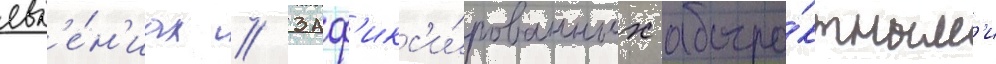
явл'е́н'иах / заф'икс'и́рованных абстра́ктным'и